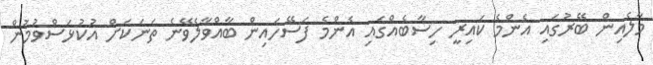
މާލެއިން ބޭރުގައި އެންމެ ކައިރީ ހިސާބެއްގައި އެންމެ ފަސޭހައިން ބާއްވާލެވޭނެ ތަނަކަށް އުކުޅަސްވުމުން